Annual report of the Punjab Veterinary College and of the Civil Veterinary Department, Punjab - 1920-1925
Year: 1920
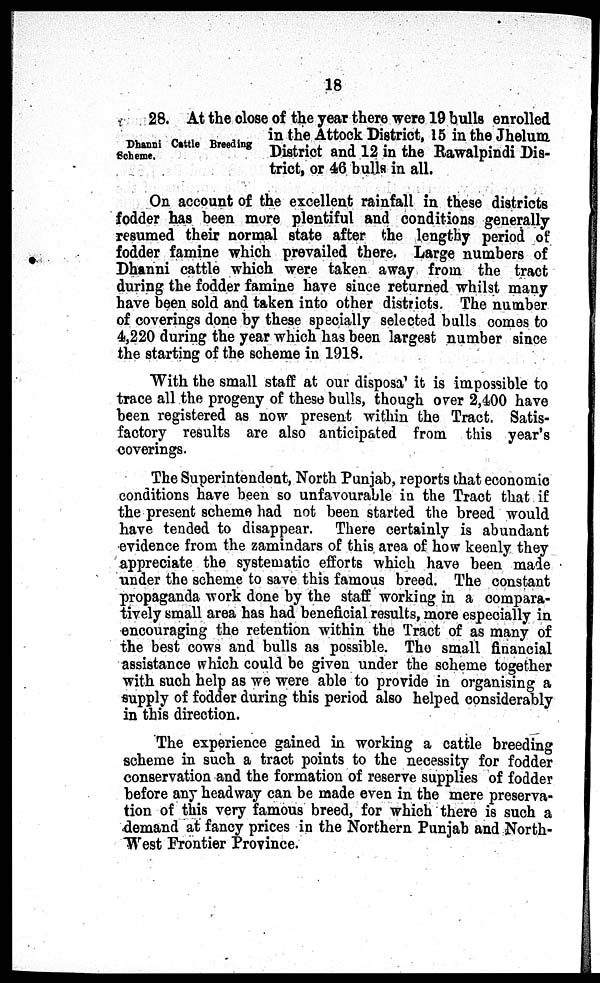
18
Dhanni Cattle Breeding
Scheme.
28. At the close of the year there were 19 bulls enrolled
in the Attock District, 15 in the Jhelum
District and 12 in the Rawalpindi Dis-
trict, or 46 bulls in all.
On account of the excellent rainfall in these districts
fodder has been more plentiful and conditions generally
resumed their normal state after the lengthy period of
fodder famine which prevailed there. Large numbers of
Dhanni cattle which were taken away from the tract
during the fodder famine have since returned whilst many
have been sold and taken into other districts. The number
of coverings done by these specially selected bulls comes to
4,220 during the year which has been largest number since
the starting of the scheme in 1918.
With the small staff at our disposa' it is impossible to
trace all the progeny of these bulls, though over 2,400 have
been registered as now present within the Tract. Satis-
factory results are also anticipated from this year's
coverings.
The Superintendent, North Punjab, reports that economic
conditions have been so unfavourable in the Tract that if
the present scheme had not been started the breed would
have tended to disappear. There certainly is abundant
evidence from the zamindars of this area of how keenly they
appreciate the systematic efforts which have been made
under the scheme to save this famous breed. The constant
propaganda work done by the staff working in a compara-
tively small area has had beneficial results, more especially in
encouraging the retention within the Tract of as many of
the best cows and bulls as possible. The small financial
assistance which could be given under the scheme together
with such help as we were able to provide in organising a
supply of fodder during this period also helped considerably
in this direction.
The experience gained in working a cattle breeding
scheme in such a tract points to the necessity for fodder
conservation and the formation of reserve supplies of fodder
before any headway can be made even in the mere preserva-
tion of this very famous breed, for which there is such a
demand at fancy prices in the Northern Punjab and North-
West Frontier Province.